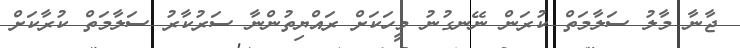
ޖާނާ މާލު ސަލާމަތް ކުރަން ނޭނގުނު މީހަކަށް ރައްޔިތުންނާ ސަރުކާރު ސަލާމަތް ކުރާކަށް